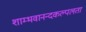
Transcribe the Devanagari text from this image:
शाम्भवानन्दकल्पलता